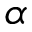
\alpha